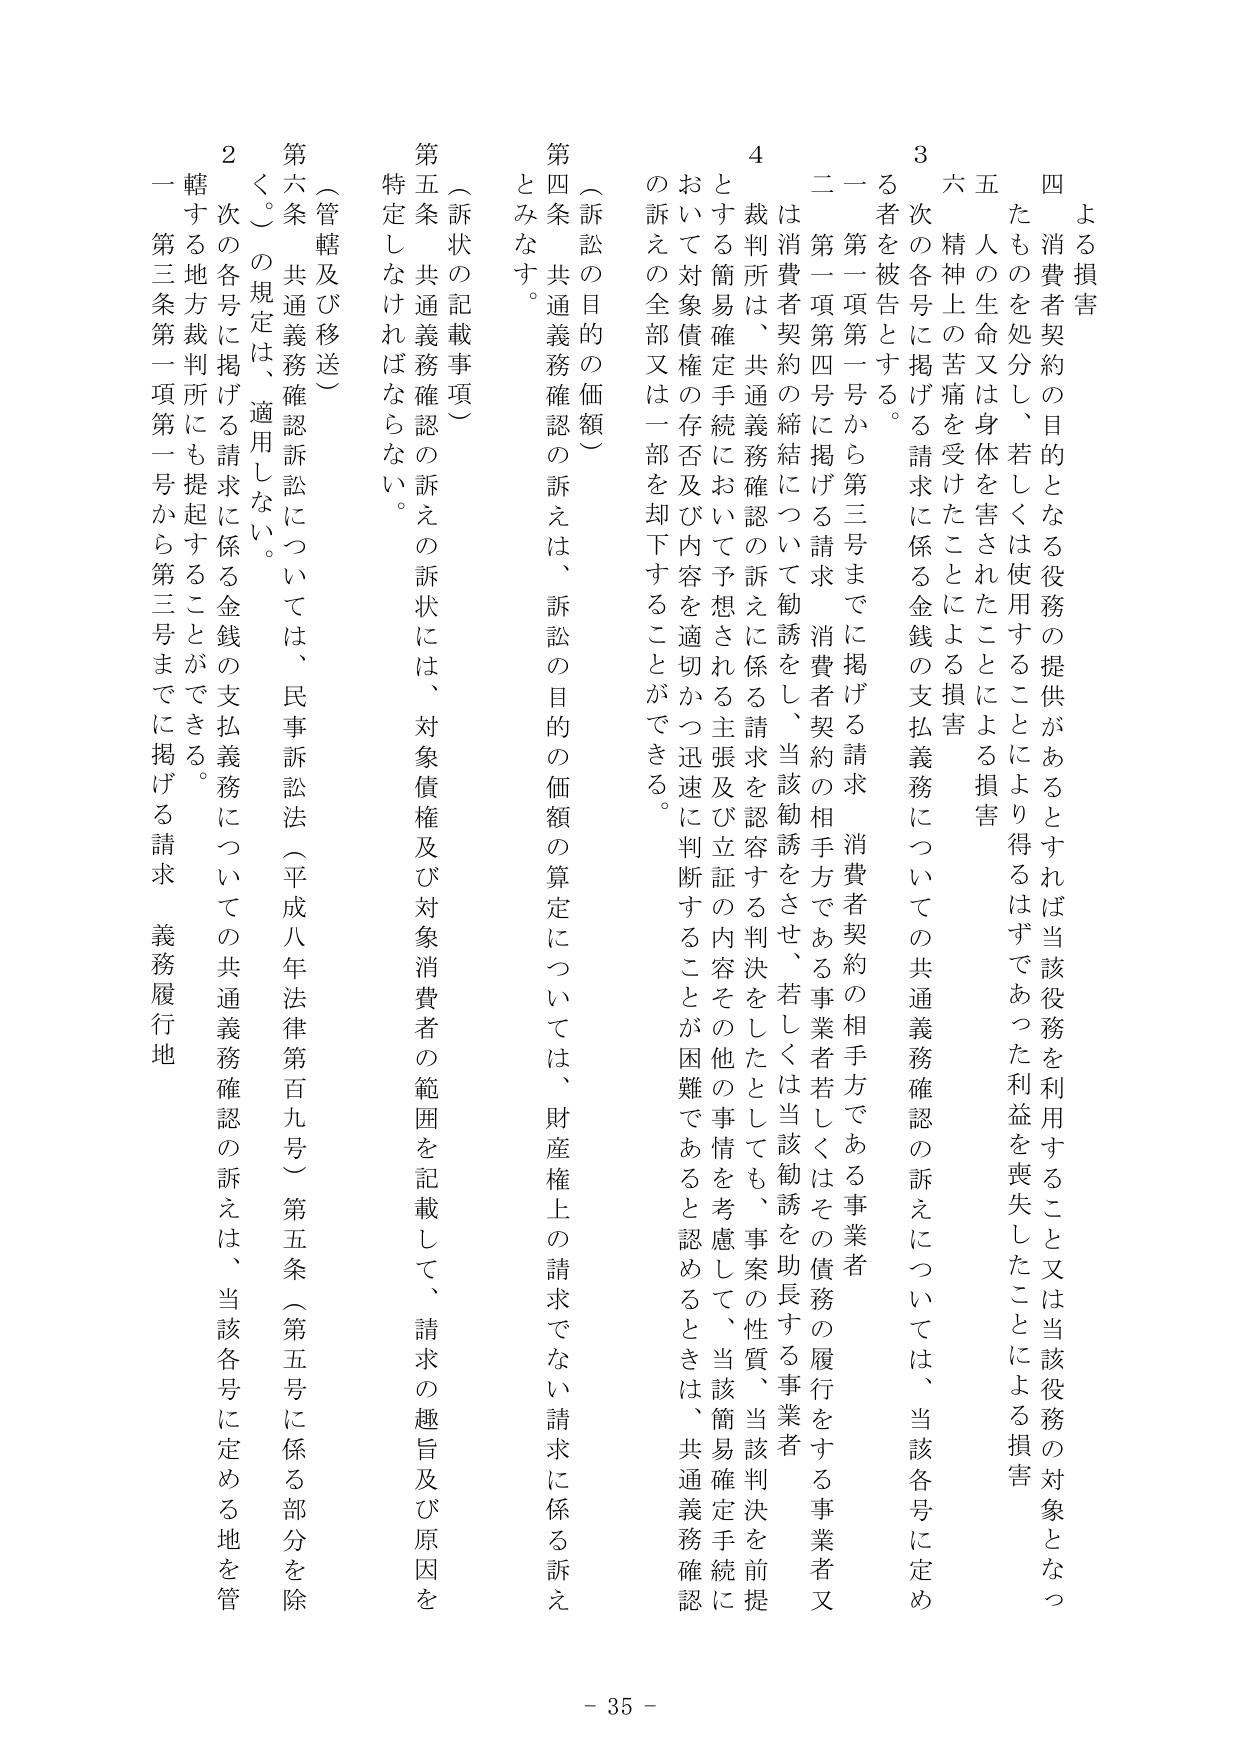
よる損害
四 消費者契約の目的となる役務の提供があるとすれば当該役務を利用すること又は当該役務の対象となつたものを処分し、若しくは使用することにより得るはずであった利益を喪失したことによる損害
五 人の生命又は身体を害されたことによる損害
六 精神上の苦痛を受けたことによる損害
3 次の各号に掲げる請求に係る金銭の支払義務についての共通義務確認の訴えについては、当該各号に定める者を被告とする。
一 第一項第一号から第三号までに掲げる請求、消費者契約の相手方である事業者
二 第一項第四号に掲げる請求、消費者契約の相手方である事業者若しくはその債務の履行をする事業者又は消費者契約の締結について勧誘をし、当該勧誘をさせ、若しくは当該勧誘を助長する事業者
4 裁判所は、共通義務確認の訴えに係る請求を認容する決定をしたとしても、事案の性質、当該事業者又は当該勧誘をした事業者の事情を考慮して、当該簡易確定手続を前提として簡易確定手続において予想される主張及び立証の内容その他の事情を考慮して、当該簡易確定手続において対象債権の存否及び内容を適切かつ迅速に判断することが困難であると認めるときは、共通義務確認の訴えの全部又は一部を却下することができる。
（訴訟の目的の価額）
第四条 共通義務確認の訴えは、訴訟の目的の価額の算定については、財産権上の請求でない請求に係る訴えとみなす。
（訴状の記載事項）
第五条 共通義務確認の訴えの訴状には、対象債権及び対象消費者の範囲を記載して、請求の趣旨及び原因を特定しなければならない。
（管轄及び移送）
第六条 共通義務確認訴訟については、民事訴訟法（平成八年法律第百九号）第五条（第五号に係る部分を除く。）の規定は、適用しない。
2 次の各号に掲げる請求に係る金銭の支払義務についての共通義務確認の訴えは、当該各号に定める地を管轄する地方裁判所にも提起することができる。
一 第三条第一項第一号から第三号までに掲げる請求、義務履行地
- 35 -